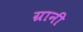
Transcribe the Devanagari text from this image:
ग्रानी